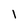
Character: l